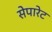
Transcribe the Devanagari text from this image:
सेपारेट